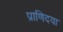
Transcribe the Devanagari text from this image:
प्राणिदया